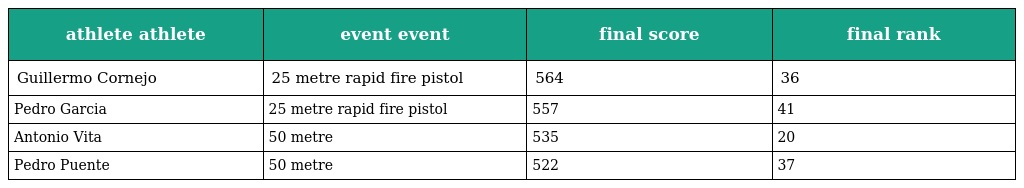
| athlete athlete | event event | final score | final rank |
 | --- | --- | --- | --- |
 | Guillermo Cornejo | 25 metre rapid fire pistol | 564 | 36 |
 | Pedro Garcia | 25 metre rapid fire pistol | 557 | 41 |
 | Antonio Vita | 50 metre | 535 | 20 |
 | Pedro Puente | 50 metre | 522 | 37 |